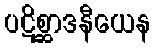
ပဋိစ္ဆာဒနီယေန